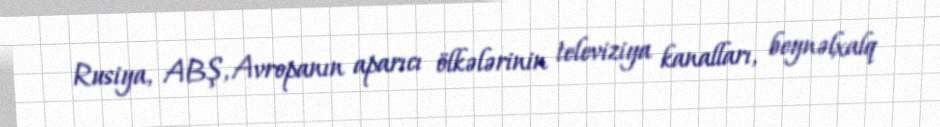
Rusiya, ABŞ, Avropanın aparıcı ölkələrinin televiziya kanalları, beynəlxalq